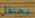
يحتفل